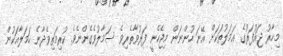
މިހާރު ޖައުފަރުގެ ޢަމަލުތަކަށް އޭނަ ހުންނަން މިޖެހެނީ ފަރުވާތެރިވެ ސަމާލުވެގެންނެވެ. ކުރިމަތިވެދާނެ ހަމަލާއަކުން